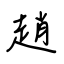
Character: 趙